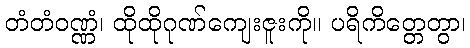
တံတံဝဏ္ဏံ၊ ထိုထိုဂုဏ်ကျေးဇူးကို။ ပရိကိတ္တေတွာ၊